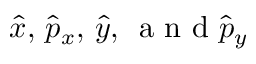
\hat { x } , \, \hat { p } _ { x } , \, \hat { y } , \, \mathrm { ~ a ~ n ~ d ~ } \hat { p } _ { y }